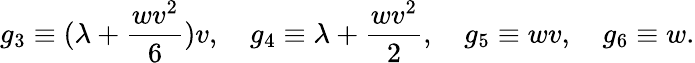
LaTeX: g_{3}\equiv(\lambda+\frac{wv^{2}}{6})v,\quad g_{4}\equiv\lambda+\frac{wv^{2}}{2},\quad g_{5}\equiv wv,\quad g_{6}\equiv w.